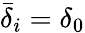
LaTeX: \bar{\delta}_{i}=\delta_{0}